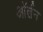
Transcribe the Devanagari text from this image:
ऑर्लन